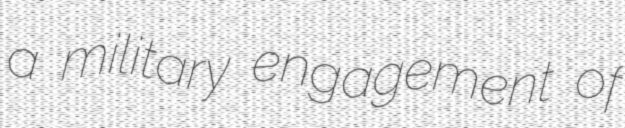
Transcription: a military engagement of